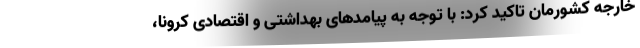
خارجه کشورمان تاکید کرد: با توجه به پیامدهای بهداشتی و اقتصادی کرونا،